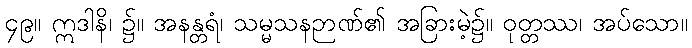
၄၉။ ဣဒါနိ၊ ၌။ အနန္တရံ၊ သမ္မသနဉာဏ်၏ အခြားမဲ့၌။ ဝုတ္တဿ၊ အပ်သော။